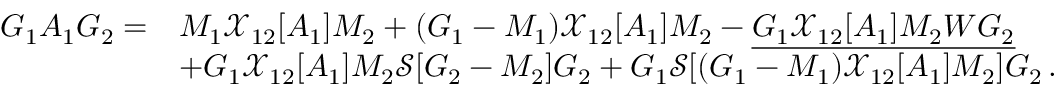
\begin{array} { r l } { G _ { 1 } A _ { 1 } G _ { 2 } = } & { M _ { 1 } \mathcal { X } _ { 1 2 } [ A _ { 1 } ] M _ { 2 } + ( G _ { 1 } - M _ { 1 } ) \mathcal { X } _ { 1 2 } [ A _ { 1 } ] M _ { 2 } - \underline { { G _ { 1 } \mathcal { X } _ { 1 2 } [ A _ { 1 } ] M _ { 2 } W G _ { 2 } } } } \\ & { + G _ { 1 } \mathcal { X } _ { 1 2 } [ A _ { 1 } ] M _ { 2 } \mathcal { S } [ G _ { 2 } - M _ { 2 } ] G _ { 2 } + G _ { 1 } \mathcal { S } [ ( G _ { 1 } - M _ { 1 } ) \mathcal { X } _ { 1 2 } [ A _ { 1 } ] M _ { 2 } ] G _ { 2 } \, . } \end{array}